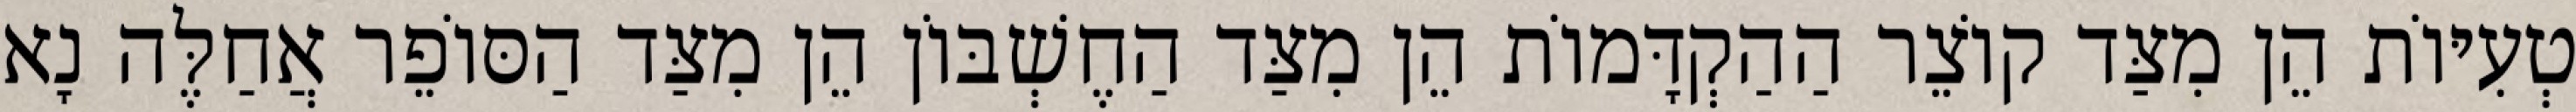
טְעִיּוֹת הֵן מִצַּד קוֹצֵר הַהַקְדָּמוֹת הֵן מִצַּד הַחֶשְׁבּוֹן הֵן מִצַּד הַסּוֹפֵר אֲחַלֶּה נָא